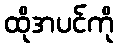
ထိုအပင်ကို